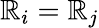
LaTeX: \mathbb{R}_{i}=\mathbb{R}_{j}